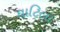
ઘાટિલા